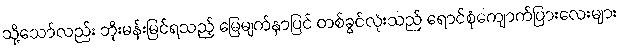
သို့သော်လည်း ဘိုးမန်းမြင်ရသည့် မြေမျက်နှာပြင် တစ်ခွင်လုံးသည် ရောင်စုံကျောက်ပြားလေးများ